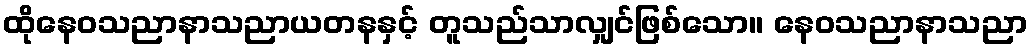
ထိုနေဝသညာနာသညာယတနနှင့် တူသည်သာလျှင်ဖြစ်သော။ နေဝသညာနာသညာ